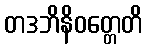
တဒဘိနိဝတ္တေတိ